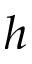
h